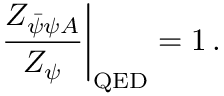
\left. \frac { Z _ { \bar { \psi } \psi A } } { Z _ { \psi } } \right| _ { \mathrm { Q E D } } = 1 \, .